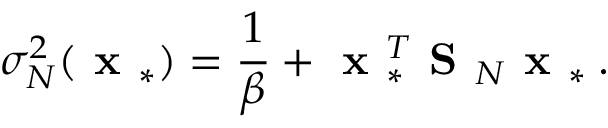
\sigma _ { N } ^ { 2 } ( \textbf { x } _ { * } ) = \frac { 1 } { \beta } + \textbf { x } _ { * } ^ { T } \textbf { S } _ { N } \textbf { x } _ { * } \: .